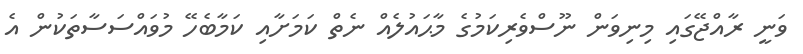
ވަނީ ރާއްޖޭގައި މިނިވަން ނޫސްވެރިކަމުގެ މާޙައުލެއް ނެތް ކަމަށާއި ކަމާބެހޭ މުވައްސަސާތަކުން އެ